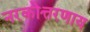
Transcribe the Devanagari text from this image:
नरकोत्तरणाय